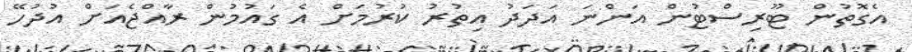
އެގޮތުން ޓޫރިސްޓުން އަންނަ އަދަދު އިތުރު ކުރުމަށް އެ ގައުމުން ރާއްޖެއަށް އުދުހޭ